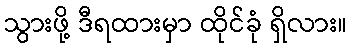
သွားဖို့ ဒီရထားမှာ ထိုင်ခုံ ရှိလား။